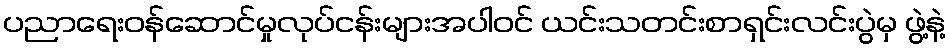
ပညာရေးဝန်ဆောင်မှုလုပ်ငန်းများအပါဝင် ယင်းသတင်းစာရှင်းလင်းပွဲမှ ဖွဲ့နဲ့